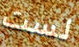
لست